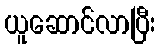
ယူဆောင်လာပြီး